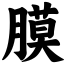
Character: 膜